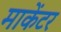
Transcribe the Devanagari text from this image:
माकेंटर